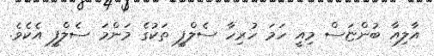
އާލިއާ ބުންޏަސް މިއީ ހަމަ ހުރިހާ ސެލްފީ ތަކުގެ މަންމަ ސެލްފީ އެކެވެ.